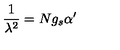
\frac { 1 } { \lambda ^ { 2 } } = N g _ { s } \alpha ^ { \prime }